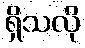
ရှိသလို